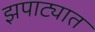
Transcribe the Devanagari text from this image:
झपाट्यात